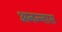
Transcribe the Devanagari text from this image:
अनन्‍नास